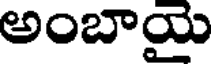
అంబాయై